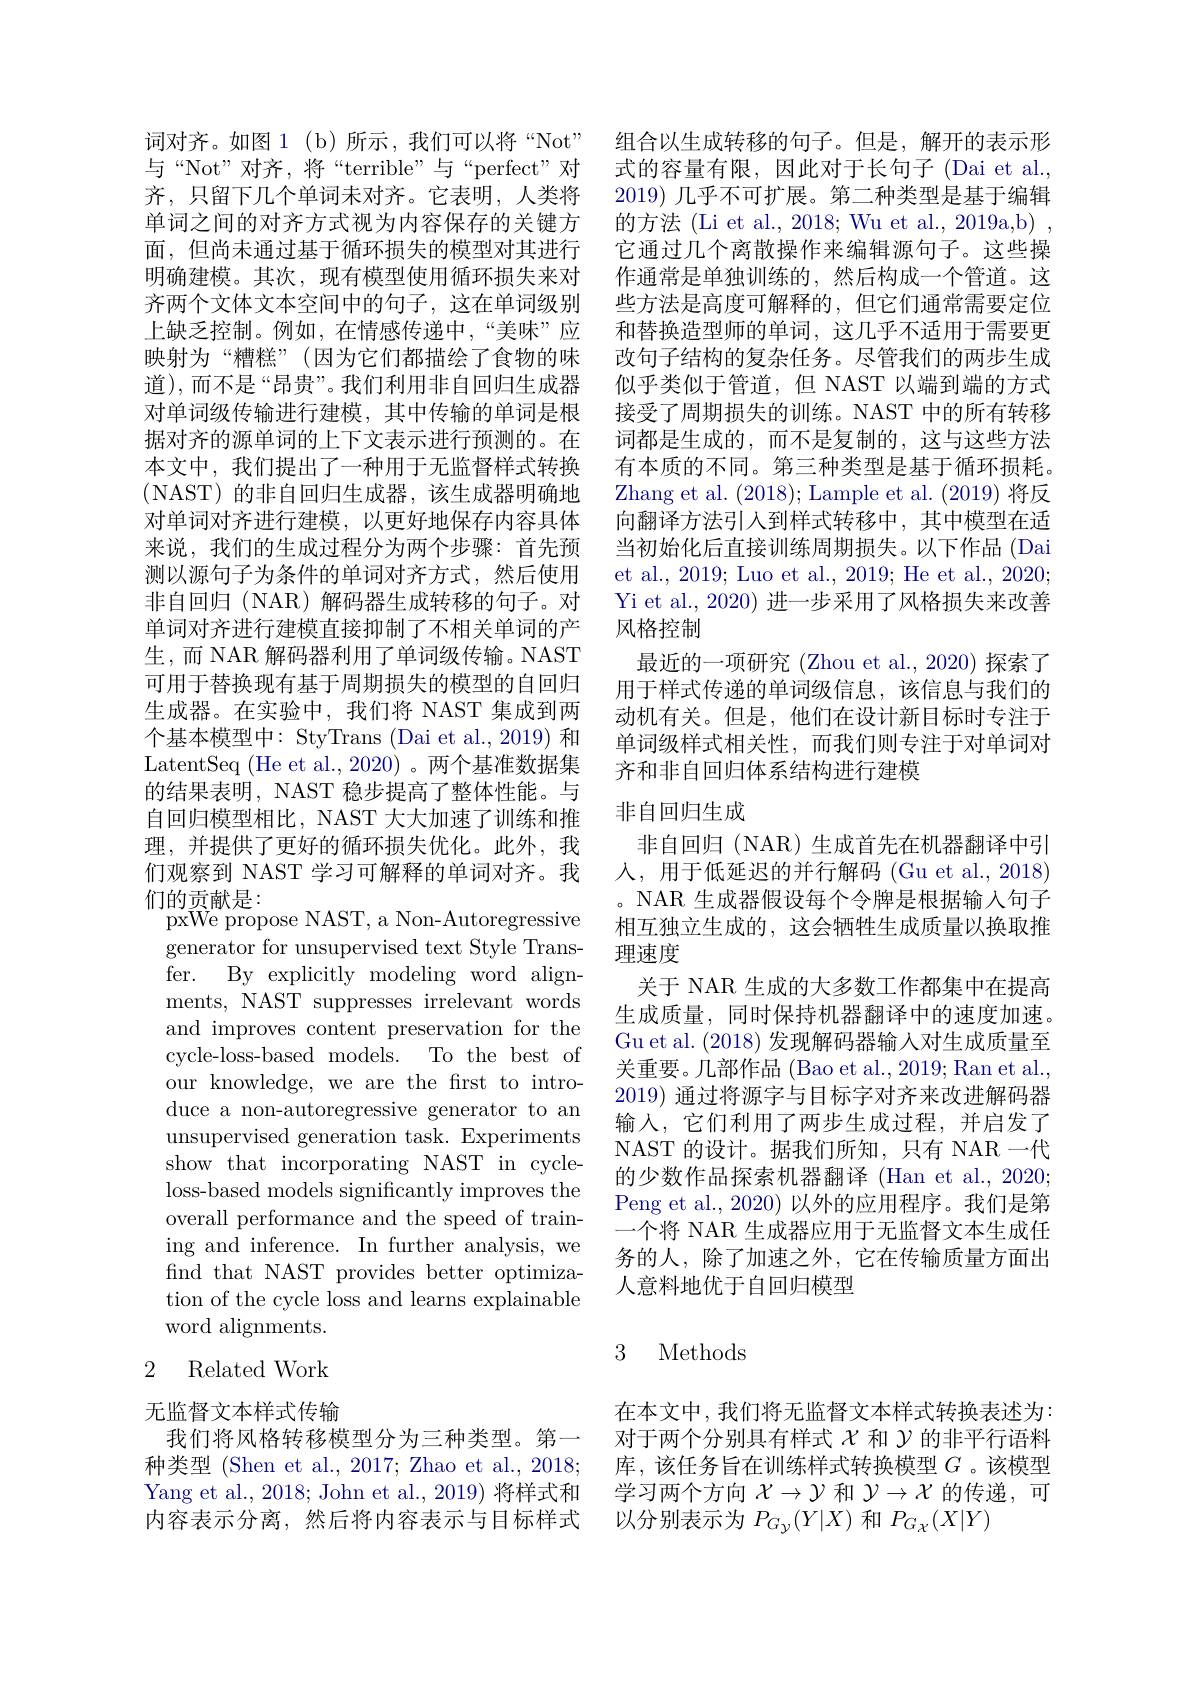
与“Not”对齐，将“terrible”与“perfect”对齐，只留下几个单词未对齐。它表明，人类将单词之间的对齐方式视为内容保存的关键方面，但尚未通过基于循环损失的模型对其进行明确建模。其次，现有模型使用循环损失来对齐两个文体文本空间中的句子，这在单词级别上缺乏控制。例如，在情感传递中，“美味”应映射为“糟糕”(因为它们都描绘了食物的味道),而不是“昂贵”。我们利用非自回归生成器对单词级传输进行建模，其中传输的单词是根据对齐的源单词的上下文表示进行预测的。在本文中，我们提出了一种用于无监督样式转换(NAST)的非自回归生成器，该生成器明确地对单词对齐进行建模，以更好地保存内容具体来说，我们的生成过程分为两个步骤：首先预测以源句子为条件的单词对齐方式，然后使用非自回归(NAR)解码器生成转移的句子。对单词对齐进行建模直接抑制了不相关单词的产生，而 NAR 解码器利用了单词级传输。NAST 可用于替换现有基于周期损失的模型的自回归生成器。在实验中，我们将 NAST 集成到两个基本模型中：StyTrans (Dai et al., 2019) 和LatentSeq (He et al.,2020) 。两个基准数据集的结果表明，NAST 稳步提高了整体性能。与自回归模型相比，NAST 大大加速了训练和推理，并提供了更好的循环损失优化。此外，我们观察到 NAST 学习可解释的单词对齐。我们的贡献是：
pxWe propose NAST, a Non-Autoregressive generator for unsupervised text Style Transfer. By explicitly modeling word alignments, NAST suppresses irrelevant words and improves content preservation for the cycle-loss-based models. To the best of our knowledge, we are the first to introduce a non-autoregressive generator to an unsupervised generation task. Experiments show that incorporating NAST in cycleloss-based models significantly improves the overall performance and the speed of training and inference. In further analysis, we find that NAST provides better optimization of the cycle loss and learns explainable word alignments.

## 2 Related Work

无监督文本样式传输
我们将风格转移模型分为三种类型。第一内容表示分离，然后将内容表示与目标样式

词对齐。如图1 (b)所示，我们可以将“Not” 组合以生成转移的句子。但是，解开的表示形
式的容量有限，因此对于长句子(Dai et al., 2019) 几乎不可扩展。第二种类型是基于编辑的方法 (Li et al., 2018; Wu et al., 2019a,b) , 它通过几个离散操作来编辑源句子。这些操作通常是单独训练的，然后构成一个管道。这些方法是高度可解释的，但它们通常需要定位和替换造型师的单词，这几乎不适用于需要更改句子结构的复杂任务。尽管我们的两步生成似乎类似于管道，但 NAST 以端到端的方式接受了周期损失的训练。NAST 中的所有转移词都是生成的，而不是复制的，这与这些方法有本质的不同。第三种类型是基于循环损耗。Zhang et al. (2018); Lample et al. (2019) 将反向翻译方法引入到样式转移中，其中模型在适当初始化后直接训练周期损失。以下作品 (Dai et al., 2019; Luo et al., 2019; He et al., 2020; Yi et al., 2020) 进一步采用了风格损失来改善风格控制
最近的一项研究 (Zhou et al.,2020) 探索了用于样式传递的单词级信息，该信息与我们的动机有关。但是，他们在设计新目标时专注于单词级样式相关性，而我们则专注于对单词对齐和非自回归体系结构进行建模

### 非自回归生成

非自回归(NAR)生成首先在机器翻译中引人，用于低延迟的并行解码 (Gu et al., 2018) 。NAR 生成器假设每个令牌是根据输入句子相互独立生成的，这会牺牲生成质量以换取推理速度
关于 NAR 生成的大多数工作都集中在提高生成质量，同时保持机器翻译中的速度加速。Gu et al. (2018)发现解码器输入对生成质量至关重要。几部作品 (Bao et al., 2019; Ran et al., 2019)通过将源字与目标字对齐来改进解码器输入，它们利用了两步生成过程，并启发了NAST 的设计。据我们所知，只有 NAR 一代的少数作品探索机器翻译 (Han et al., 2020; Peng et al., 2020) 以外的应用程序。我们是第一个将 NAR 生成器应用于无监督文本生成任务的人，除了加速之外，它在传输质量方面出人意料地优于自回归模型

## 3 Methods

在本文中，我们将无监督文本样式转换表述为： 对于两个分别具有样式$\chi$和$\gamma$的非平行语料
种类型 (Shen et al., 2017; Zhao et al., 2018; 库，该任务旨在训练样式转换模型$G$ 。该模型Yang et al., 2018; John et al., 2019) 将样式和 学习两个方向$X\to\mathcal{Y}$和$\mathcal{Y}\to\mathcal{X}$的传递，可
以分别表示为$P_G_{y}(Y|X)$和$P_G_{\mathcal{X}}(X|Y)$